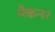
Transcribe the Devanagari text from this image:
मैकनर